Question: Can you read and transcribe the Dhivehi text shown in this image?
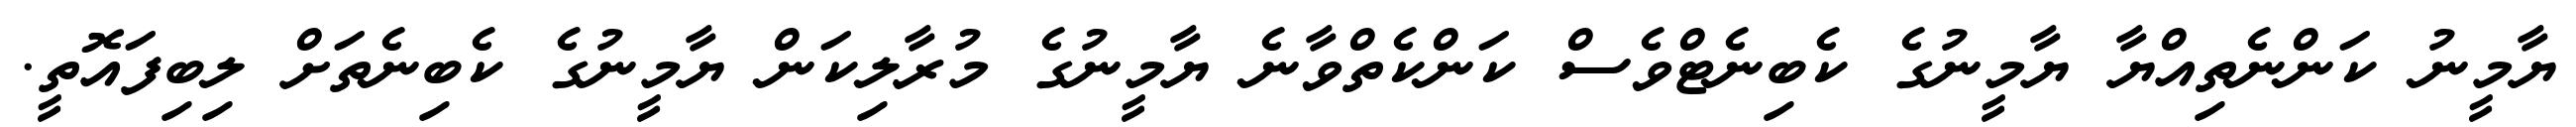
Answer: ޔާމީނު ކަންނެތިއްޔާ ޔާމީނުގެ ކެބިނެޓްވެސް ކަންކެތްވާނެ ޔާމީނުގެ މުރާލިކަން ޔާމީނުގެ ކެބިނެތަށް ލިބިފައޮތީ.